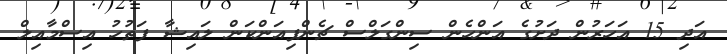
އަދި 15 އަހަރުން ދަށުގެ އަންހެން ސިންގަލްސް ޗެންޕިއަންކަން ލައިޝާ ފަތުހު އިސްމާއިލް